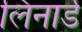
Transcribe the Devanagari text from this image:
लिनार्ड